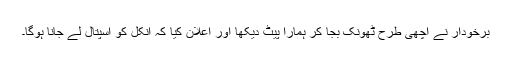
برخودار نے اچھی طرح ٹھونک بجا کر ہمارا پیٹ دیکھا اور اعلان کیا کہ انکل کو اسپتال لے جانا ہوگا۔